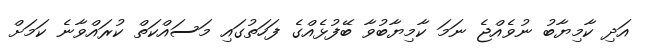
އަދި ކާމިޔާބު ނުވެއްޖެ ނަމަ ކާމިޔާބުވާ ބޭފުޅެއްގެ ފަހަތުގައި މަސައްކަތް ކުރައްވާނެ ކަމަށް